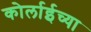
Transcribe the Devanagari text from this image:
कोर्लाईच्या